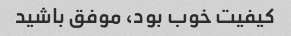
کیفیت خوب بود، موفق باشید